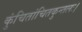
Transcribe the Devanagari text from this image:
कुंचितांचितकुन्तलः।